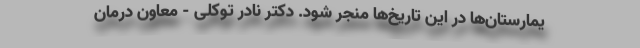
یمارستان‌ها در این تاریخ‌ها منجر شود. دکتر نادر توکلی - معاون درمان